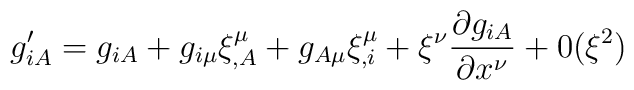
g'_{iA} =g_{iA} + g_{i\mu}\xi^{\mu}_{,A} +g_{A\mu}\xi^{\mu}_{,i} +\xi^{\nu}\frac{\partial  g_{iA}}{\partial x^{\nu}} +0(\xi^{2})